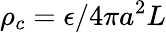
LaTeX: \rho_{c}=\epsilon/4\pi a^{2}L